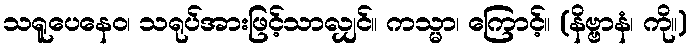
သရူပေနေဝ၊ သရုပ်အားဖြင့်သာလျှင်။ ကသ္မာ၊ ကြောင့်။ (နိဗ္ဗာနံ၊ ကို။)